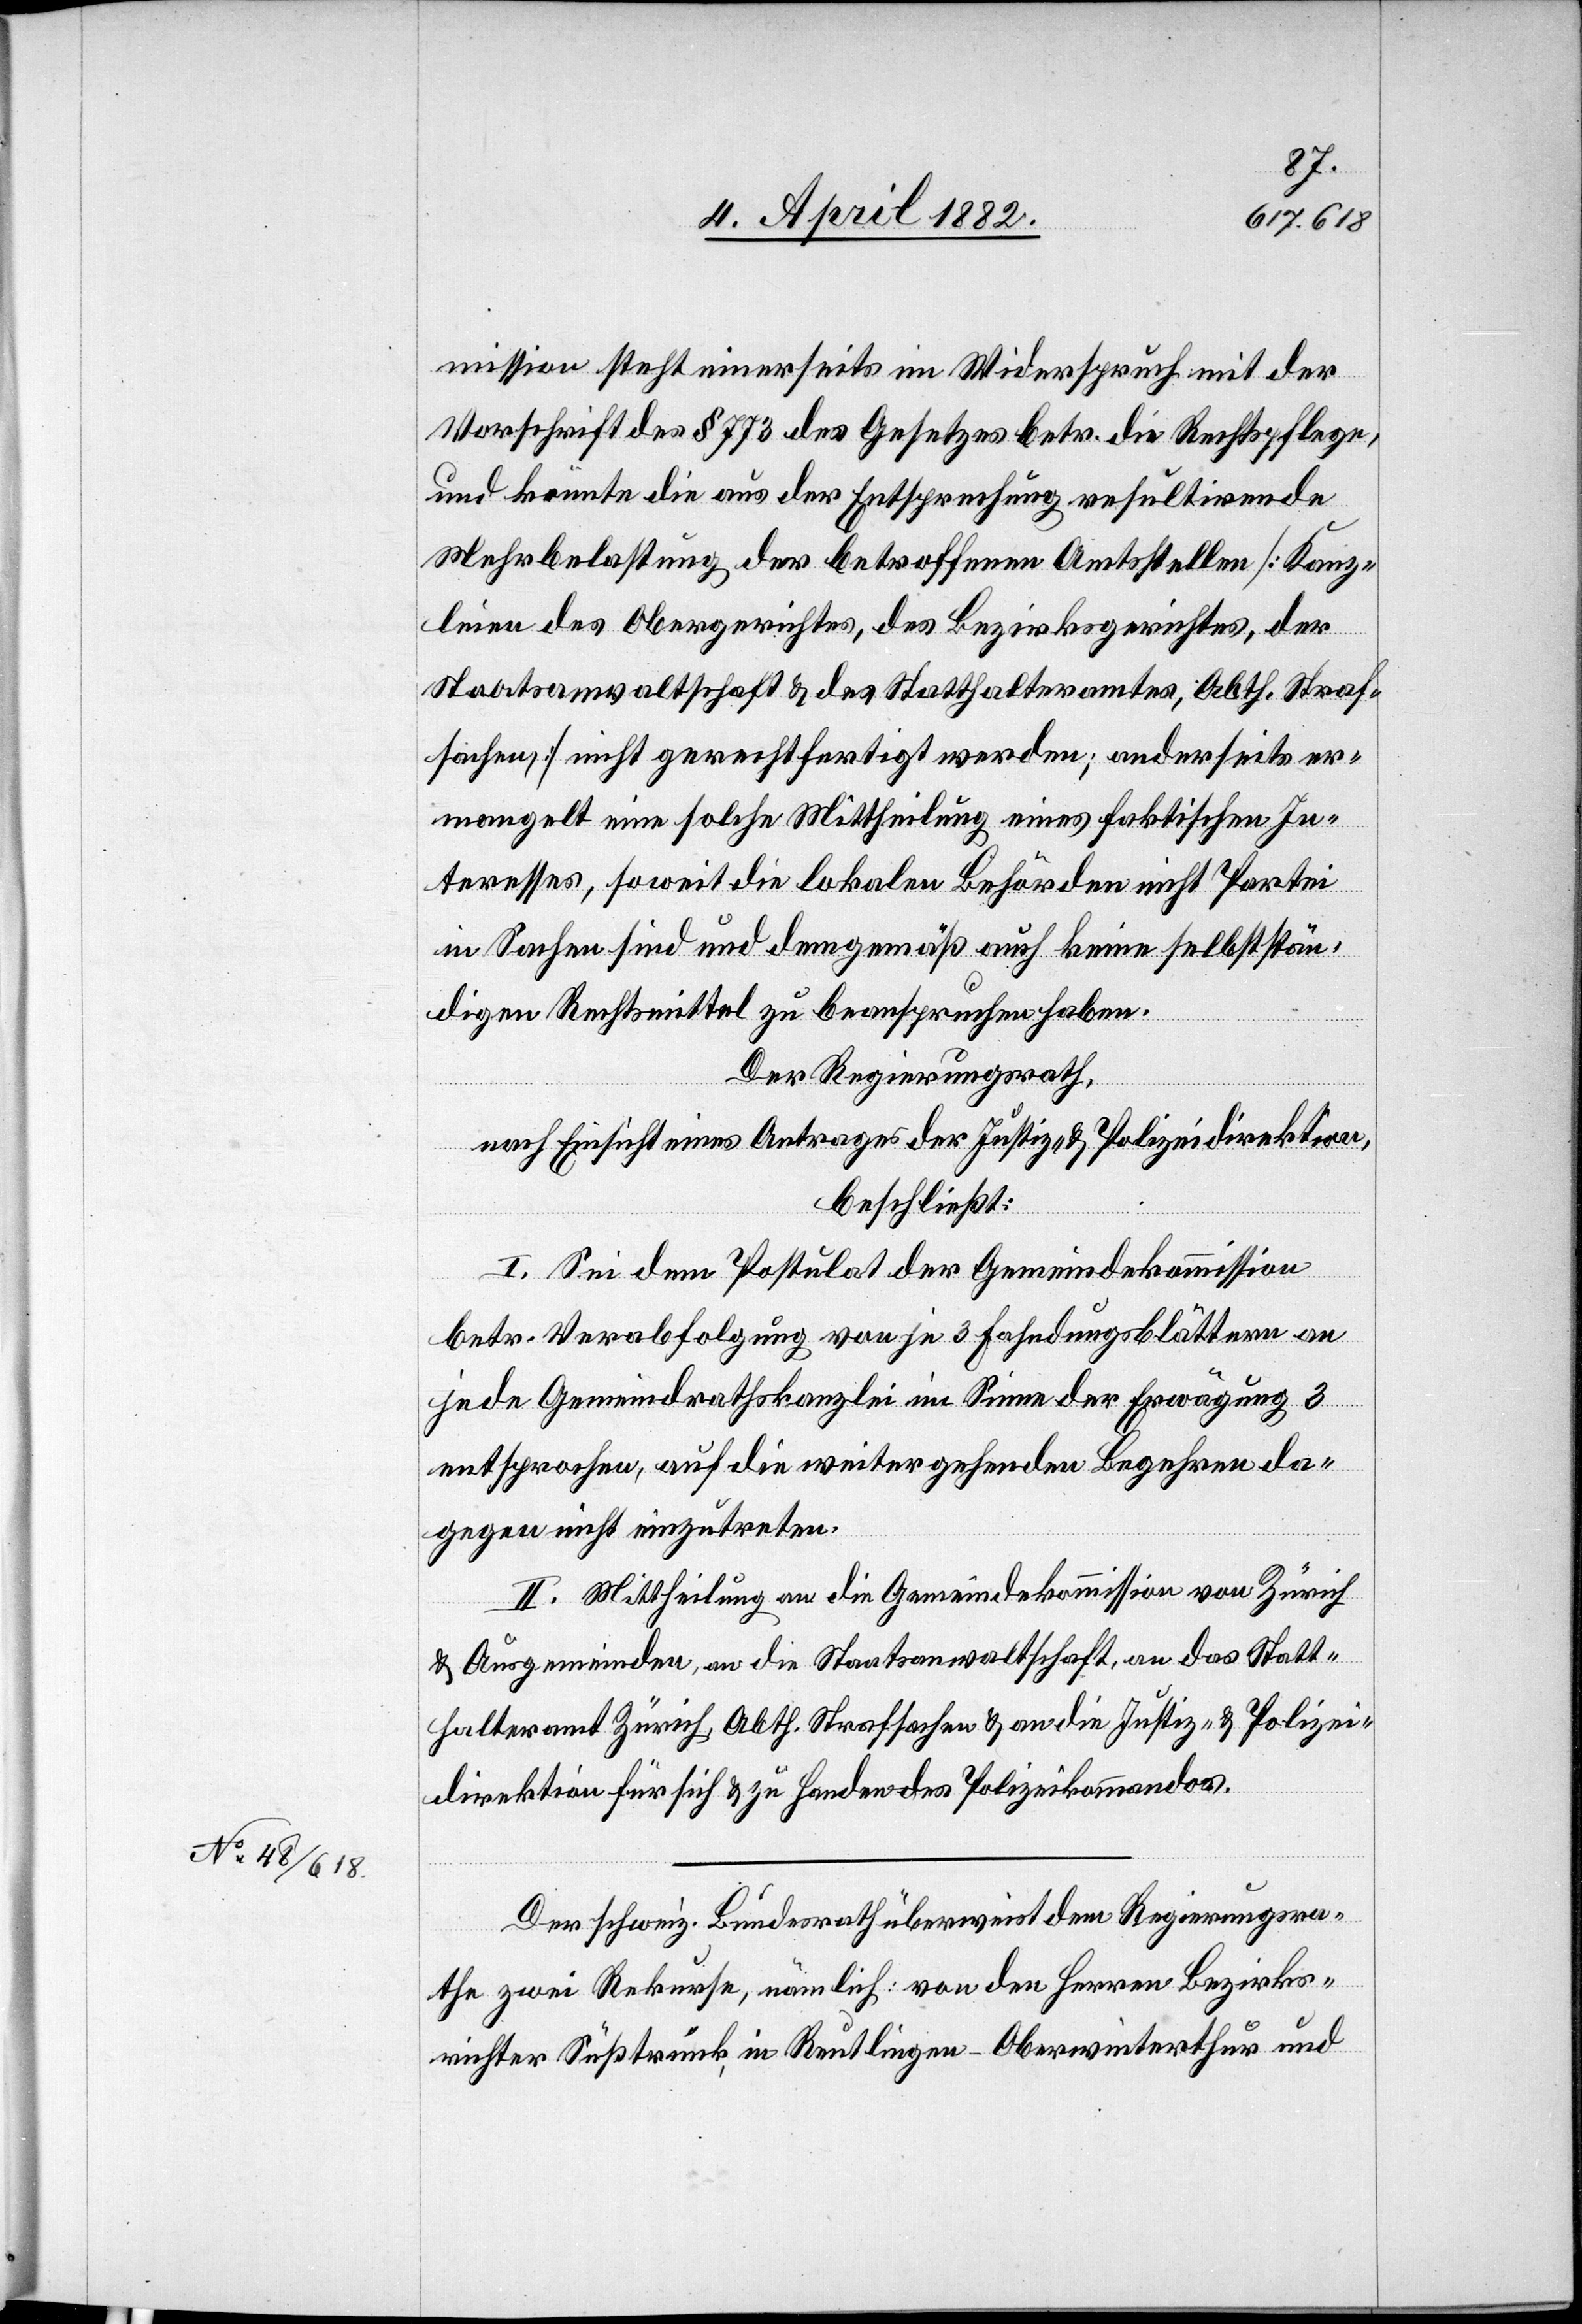
mission steht einerseits im Widerspruch mit der
Vorschrift des § 773 des Gesetzes betr. die Rechtspflege,
und könnte die aus der Entsprechung resultirende
Mehrbelastung der betroffenen Amtsstellen [Kanz¬
leien des Obergerichtes, des Bezirksgerichtes, der
Staatsanwaltschaft & des Statthalteramtes, Abth. Straf¬
sachen] nicht gerechtfertigt werden; anderseits er¬
mangelt eine solche Mittheilung eines faktischen In¬
teresses, soweit die lokalen Behörden nicht Partei
in Sachen sind und demgemäß auch keine selbststän¬
digen Rechtsmittel zu beanspruchen haben.
Der Regierungsrath,
nach Einsicht eines Antrages der Justiz- & Polizeidirektion,
beschließt:
I. Sei dem Postulat der Gemeindekommission
betr. Verabfolgung von je 3 Fahndungsblättern an
jede Gemeindrathskanzlei im Sinne der Erwägung 3
entsprochen, auf die weitergehenden Begehren da¬
gegen nicht einzutreten.
II. Mittheilung an die Gemeindekommission von Zürich
& Ausgemeinden, an die Staatsanwaltschaft, an das Statt¬
halteramt Zürich, Abth. Strafsachen & an die Justiz- & Polizei¬
direktion für sich & zu Handen des Polizeikommandos.
Der schweiz. Bundesrath überweist dem Regierungsra¬
the zwei Rekurse, nämlich: von den Herren Bezirks¬
richter Süßtrunk, in Reutlingen - Oberwinterthur und